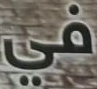
في